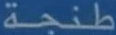
طنجة